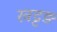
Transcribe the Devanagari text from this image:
खट्टड़